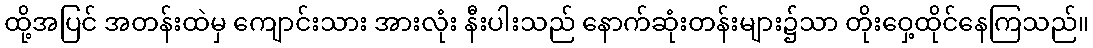
ထို့အပြင် အတန်းထဲမှ ကျောင်းသား အားလုံး နီးပါးသည် နောက်ဆုံးတန်းများ၌သာ တိုးဝှေ့ထိုင်နေကြသည်။